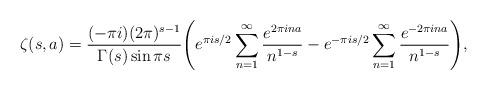
LaTeX: \begin{align*}\zeta (s,a) = \frac{(-\pi i) (2\pi)^{s-1}}{\Gamma(s) \sin \pi s}\Biggl( e^{\pi is/2} \sum_{n=1}^\infty \frac{e^{2\pi ina}}{n^{1-s}} -e^{-\pi is/2} \sum_{n=1}^\infty \frac{e^{-2\pi ina}}{n^{1-s}} \Biggr), \end{align*}